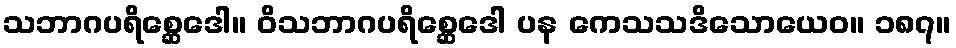
သဘာဂပရိစ္ဆေဒေါ။ ဝိသဘာဂပရိစ္ဆေဒေါ ပန ကေသသဒိသောယေဝ။ ၁၈၇။